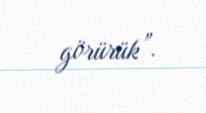
görürük”.